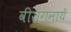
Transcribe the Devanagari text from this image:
वीरांगनायें